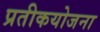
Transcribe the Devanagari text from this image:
प्रतीकयोजना